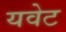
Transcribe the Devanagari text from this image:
यवेट